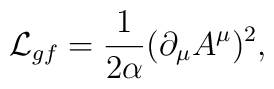
{\cal L}_{gf} = {1 \over 2 \alpha} (\partial_\mu A^\mu)^2,